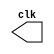
// ---------------------------
// -- Alexandre Palmieri Sad
// -- 440265
// -- CLOCK
// ---------------------------
// --------------------------- 
// -- CLOCK 
// --------------------------- 
module clock ( clk ); 
	output clk; 
	reg clk; 
	initial 
		begin 
		clk = 1'b0; 
		end 
	always 
		begin 
		#12 clk = ~clk; 
		end 
endmodule // -- clock ( )